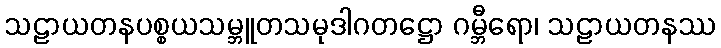
သဠာယတနပစ္စယသမ္ဘူတသမုဒါဂတဋ္ဌော ဂမ္ဘီရော၊ သဠာယတနဿ